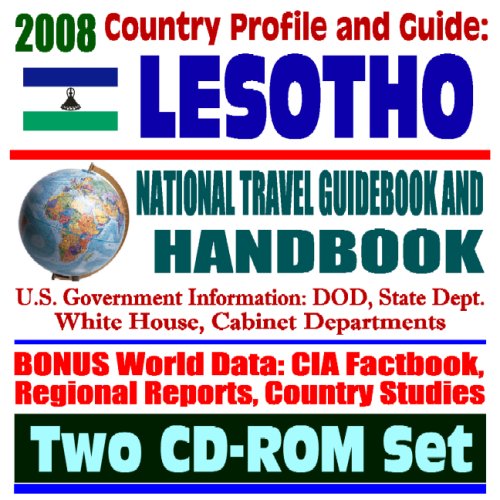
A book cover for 2008 Country Profile and Guide to Lesotho- National Travel Guidebook and Handbook - USAID, Peace Corps, AIDS, Business, Agriculture, South African Customs Union, Energy (Two CD-ROM Set); U.S. Government; Travel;